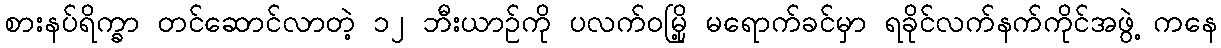
စားနပ်ရိက္ခာ တင်ဆောင်လာတဲ့ ၁၂ ဘီးယာဉ်ကို ပလက်ဝမြို့ မရောက်ခင်မှာ ရခိုင်လက်နက်ကိုင်အဖွဲ့ ကနေ